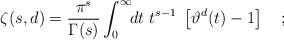
LaTeX: \begin{align*}\zeta(s,d)=\frac{\pi^s}{\Gamma(s)}\int_0^{\infty}\!\!dt\ t^{s-1}\ \left[\vartheta^d(t) - 1 \right] \quad ;\end{align*}